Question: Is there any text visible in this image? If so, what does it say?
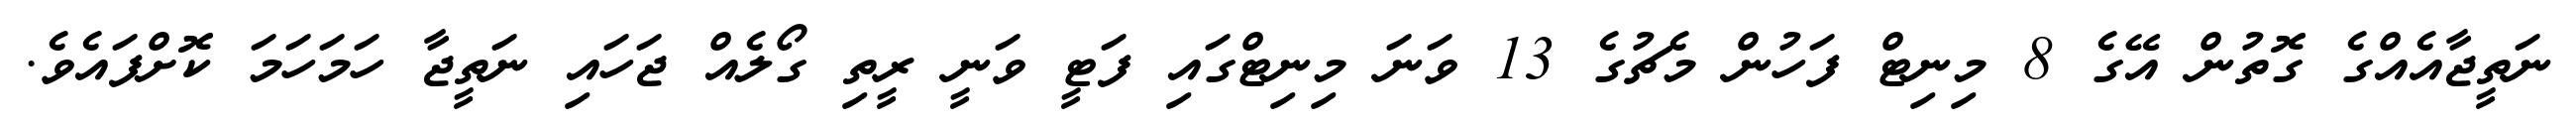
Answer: ނަތީޖާއެއްގެ ގޮތުން އޭގެ 8 މިނިޓް ފަހުން މެޗުގެ 13 ވަނަ މިނިޓްގައި ފަޓީ ވަނީ ރީތި ގޯލެއް ޖަހައި ނަތީޖާ ހަމަހަމަ ކޮށްފައެވެ.